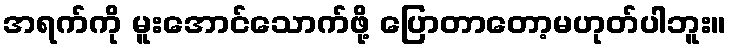
အရက်ကို မူးအောင်သောက်ဖို့ ပြောတာတော့မဟုတ်ပါဘူး။